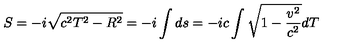
S = - i \sqrt { c ^ { 2 } T ^ { 2 } - R ^ { 2 } } = - i \int d s = - i c \int \sqrt { 1 - \frac { v ^ { 2 } } { c ^ { 2 } } } d T